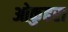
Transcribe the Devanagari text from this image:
ओकुहरा